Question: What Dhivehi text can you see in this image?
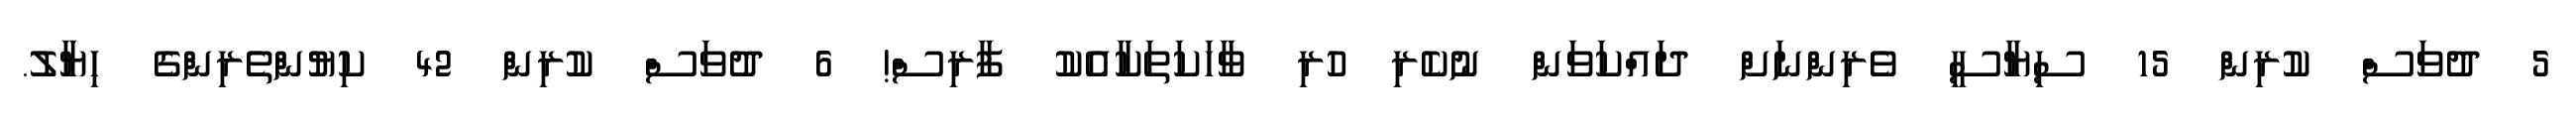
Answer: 5 ދުވަސް ކުރިން 15 ސިޔާސީ ވެރިންނަށް ދައްކަވަން ނުކެރި ހުރި ވާހަކަތަކާއެކު ފާރިސް! 6 ދުވަސް ކުރިން 42 ކިޔުންތެރިންގެ ހިޔާލު.